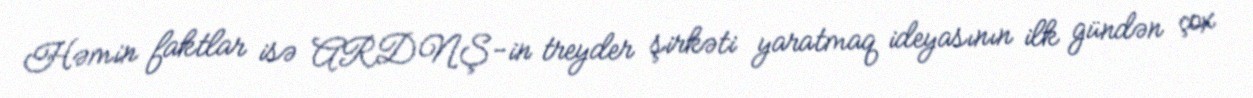
Həmin faktlar isə ARDNŞ-in treyder şirkəti yaratmaq ideyasının ilk gündən çox